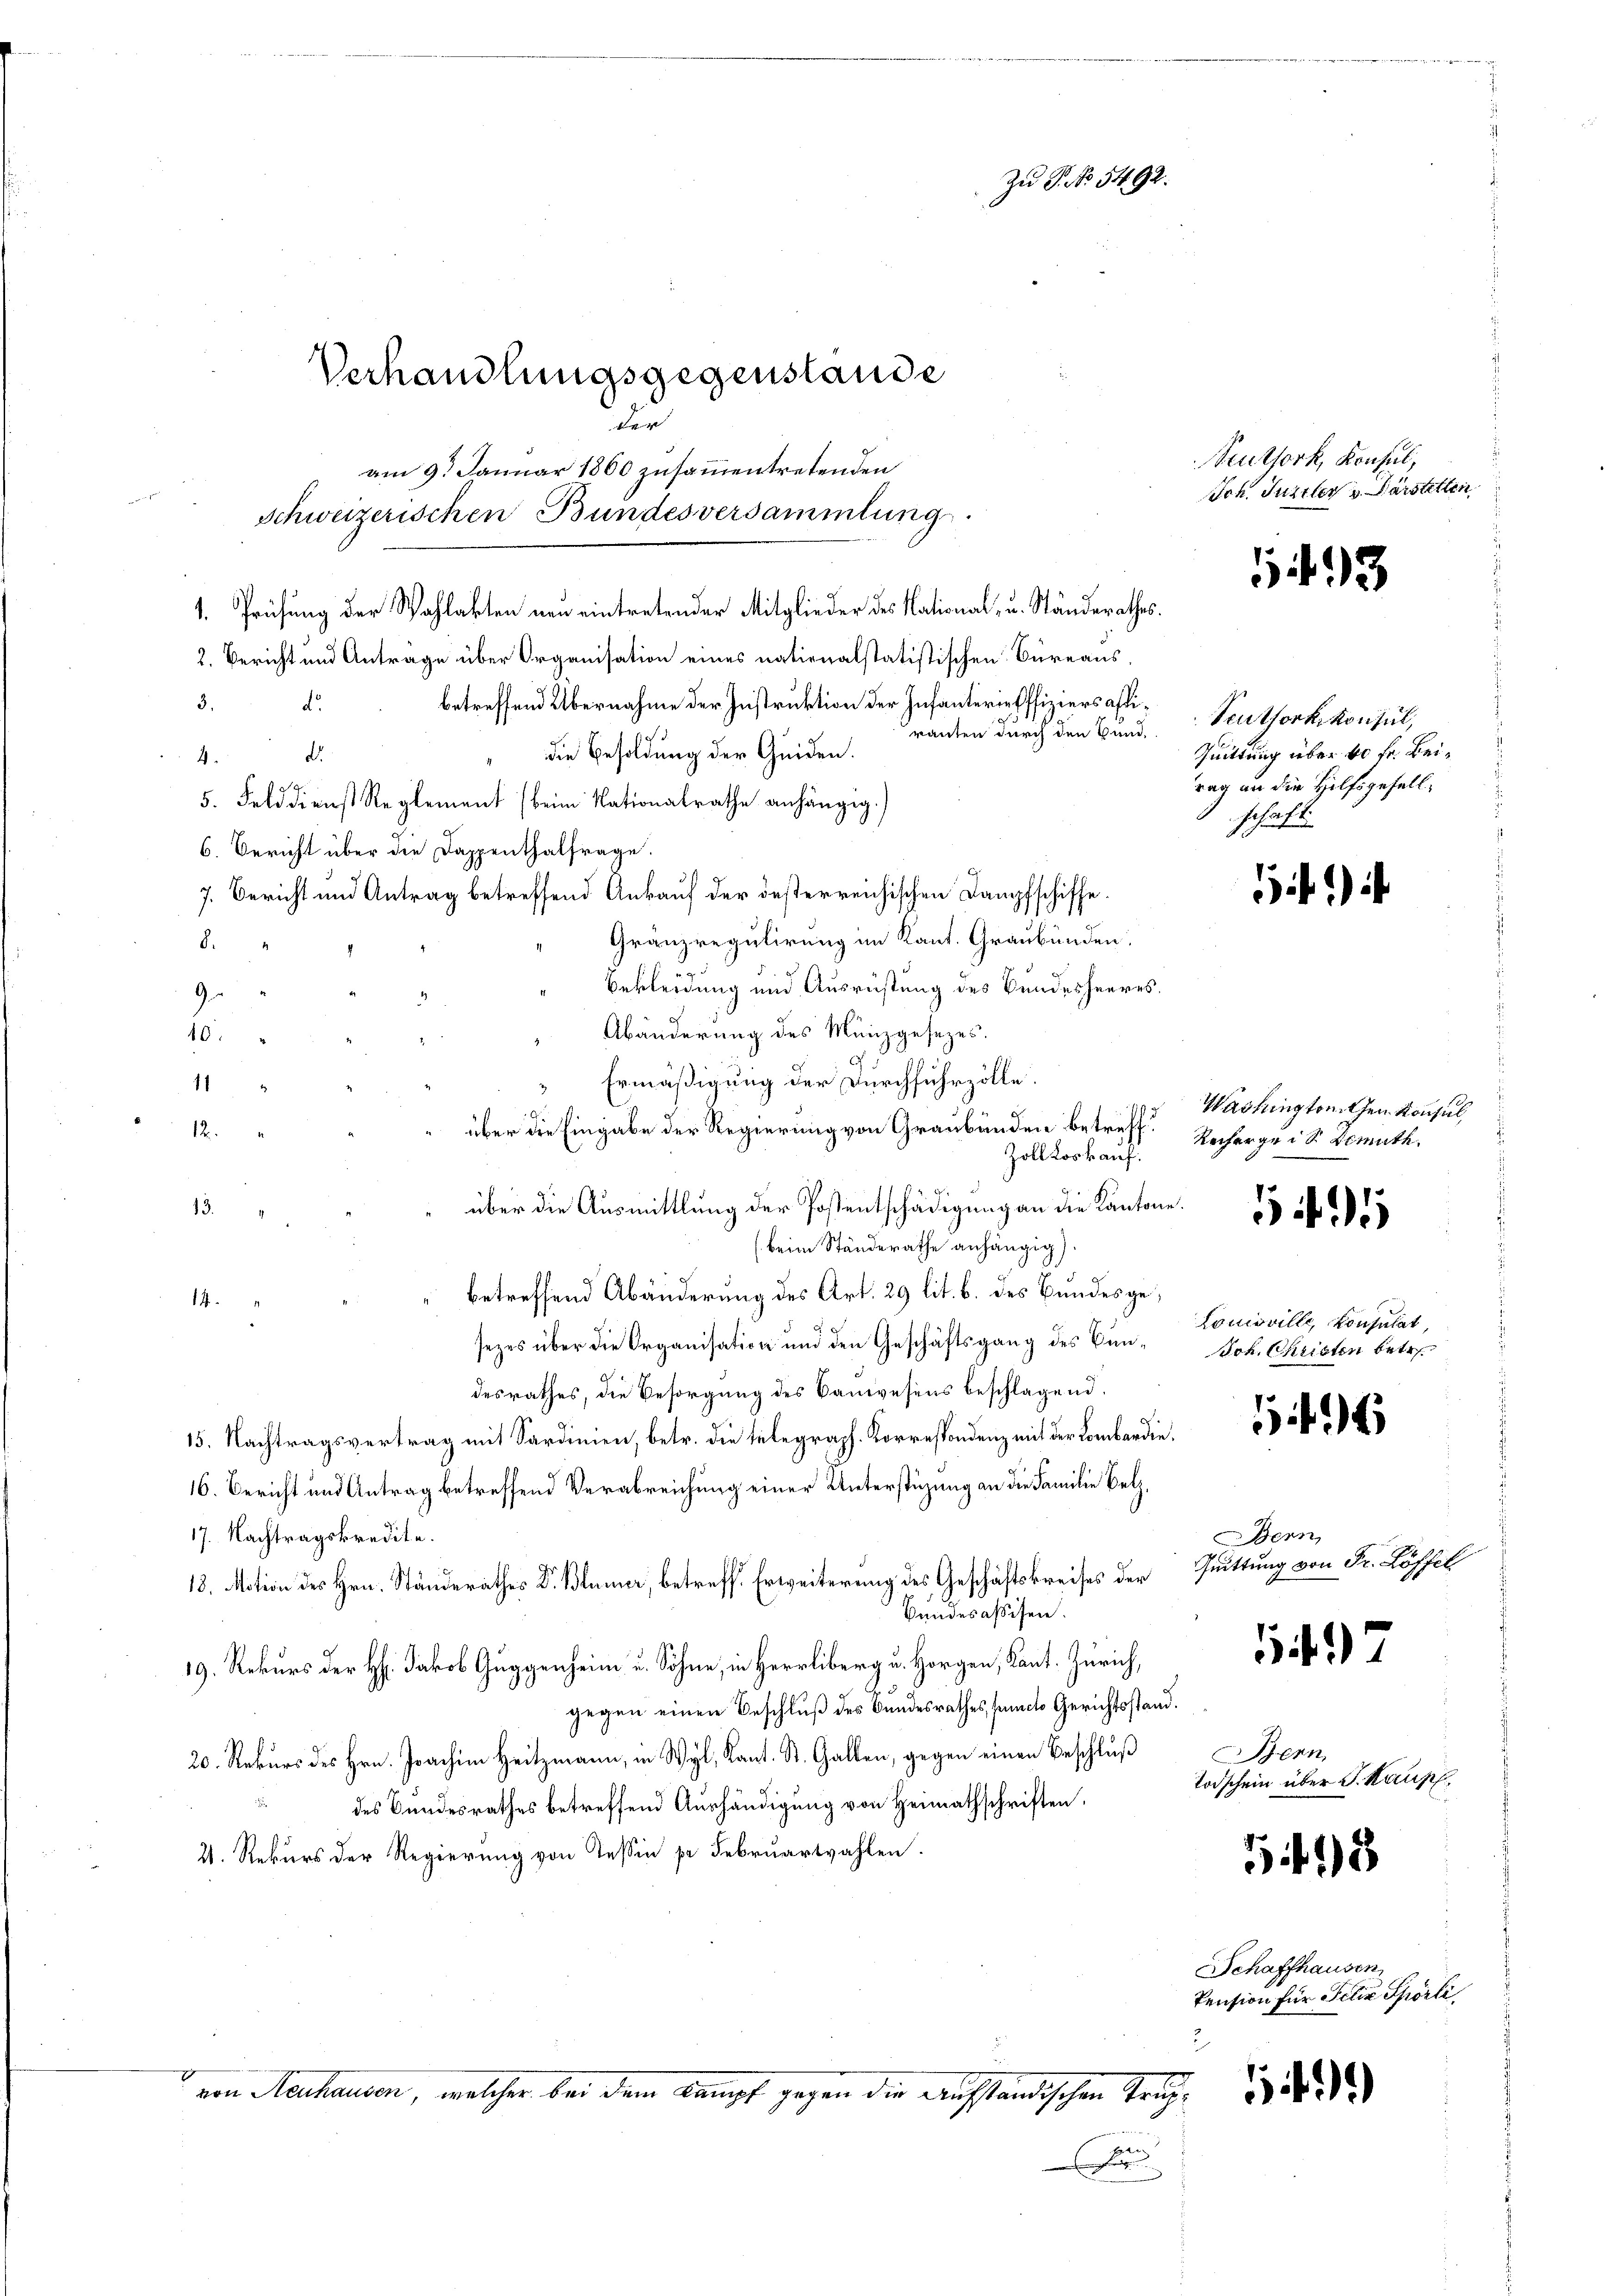
der
3.
betreffend Übernahme der Instruktion der Infanterie offiziers affid.
rauten durch den Bund.
die Besoldung der Geiden.
4.
29.
5. Felddienst Reglement (beim Nationalrathe anhängig.)
6. Bericht über die Dappenthalfrage.
7. Bericht und Antrag betreffend Ankauf der desterreichischen Dampfschiffe.
Granz regulirung im Kant. Graubünden.
.
Bekleidung und Ausrüstung des Bundesheeres.
9
Abänderung des Münzgesezes.
10.
Ermäßigung der Durchfuhrzolle.
11
über die Eingabe der Regierung von Graubänden betreff¬
12
Zoll Loskauf.
über die Ausmittlung der Postentschädigung an die Kantone.
13.
(beim Ständerathe anhängig).
“ betreffend Abänderung des Art. 29 lit. b. des Bundesge¬
14.
sezes über die Organisation und den Geschäftsgang des Bundesrathes, die Besorgung des Bauwesens beschlagend.
15. Nachtragsvertrag mit Sardinien, betr. die telegraph. Korrespondenz mit der Lombardie¬
16. Bericht und Antrag betreffend Verabreichung einer Unterstüzung an die Familie Betz¬
17. Nachtragskredite.
18. Motion des Hrn. Ständerathes Dr. Blümer, betreffe Erweiterung des Geschäftskreises der
Bundesassen.
19. Rekurs der H. Jakob Guggenheim u. Söhne, in Herrliberg u. Horgen, Kant. Zürich,
gegen einen Beschluß des Bundesrathes, functo Gerichtsstand.
20. Rekurs des Hrn. Joachim Heitzmann, in Wyl, Kant. St. Gallen, gegen einen Beschluß
i
des Bundesrathes betreffend Aushändigung von Heimathschriften,
2. Rekurs der Regierung von Tessin pr. Februartzahlen.

Verhandlungsgegenstande

am 9. Januar 1860 zusammentretenden
Schweizerischen Bundesversammlung
1. Prüfung der Wahlakten neu eintretender Mitglieder des National- u. Ständerathes.
2. Bericht und Antrage über Organisation eines nationalstatistischen Büreaus¬

Zu P. Nr. 5492.

von Mechausen, welcher bei dem Kampf gegen die aufständischen Trup¬

x

Seuthork, Konsul,
Sch. Juriler u. Darstellen

143

Seuthorkskonsul,
Quittung über 60 fr. Beirag an die Hilfsgesellschaft.

641)

Washingtonithen Konsul
Rechergeid. Demuth

1 f 1

Comoville, konsulat
Joh. Christen betr.

146

Bern,
Quittung von Fr. Löffel

1

Bern
Todschein über J. Kauf,

1 18

61)

Schaffhausen
Pension für Felix Spörli